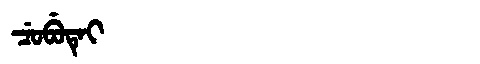
Manchu: ᠴᡠᠪᡠᡨᡝᡳ
Romanization: CUBUTEI